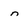
Character: n